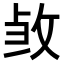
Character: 𭣫